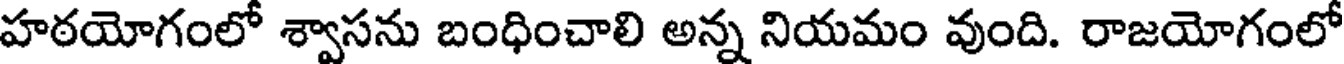
హఠయోగంలో శ్వాసను బంధించాలి అన్న నియమం వుంది. రాజయోగంలో